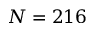
N = 2 1 6